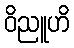
ဝိညူဟိ